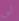
لي